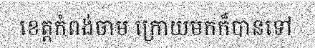
ខេត្តកំពង់ចាម ក្រោយមកក៏បានទៅ